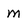
Character: M